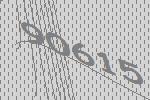
90615